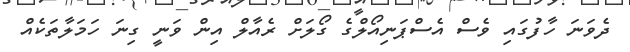
ދެވަނަ ހާފުގައި ވެސް އެސްޕަނިއޯލްގެ ގޯލަށް ރެއާލް އިން ވަނީ ގިނަ ހަމަލާތަކެއް